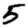
Digit: 5